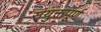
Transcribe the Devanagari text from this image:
संयुक्तपूर्ण